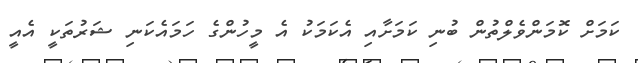
ކަމަށް ކޮމަންވެލްތުން ބުނި ކަމަށާއި އެކަމަކު އެ މީހުންގެ ހަމައެކަނި ޝަރުތަކީ އެއީ